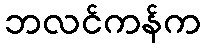
ဘလင်ကန်က